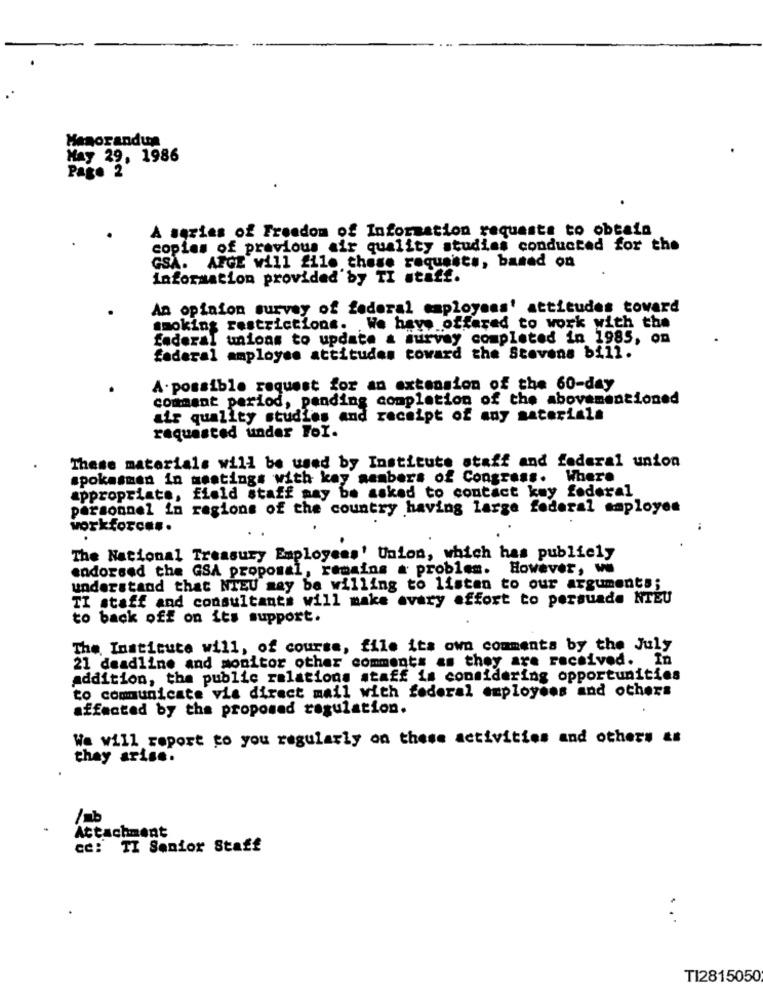
Memorandus
May 29, 1986
Page 2
A series of Freedom of Information requests to obtain
copies of previous air quality studies conducted for the
GSA. AFGE will file chose requests, based on
information provided by TI staff.
An opinion survey of federal employees' attitudes toward
smoking restrictions. We have offered to work with the
federal unions to update a survey completed in 1985, on
federal amployes attitudes toward the Stevens bill.
A. possible request for an extension of the 60-day
commant period, pending completion of the abovementioned
air quality studies and receipt of any materiala
requested under For.
These materials will be used by Institute staff and federal union
spokesman in meetings with key members of Congress.
Where
appropriate, field staff may be asked to contact key federal
personnel in ragione of the country having large federal employee
workforce ..
The National Treasury Employees' Union, which has publiely
endorsed the GSA proposal, remains a problem. However, w
understand that NIEU may be willing to listen to our arguments;
TI staff and consultants will make every effort to persuade NTEU
to back off on its support.
The Institute will, of course, file its own comments by the July
21 deadline and monitor other comments as they are received. In
addition, the public relations staff is considering opportunities
to communicate via direct mail with federal employees and others
affected by the proposed regulation.
We will report to you regularly on these activities and others &#
thay arise.
Attachment
cc: TI Senior Staff
TI2815050